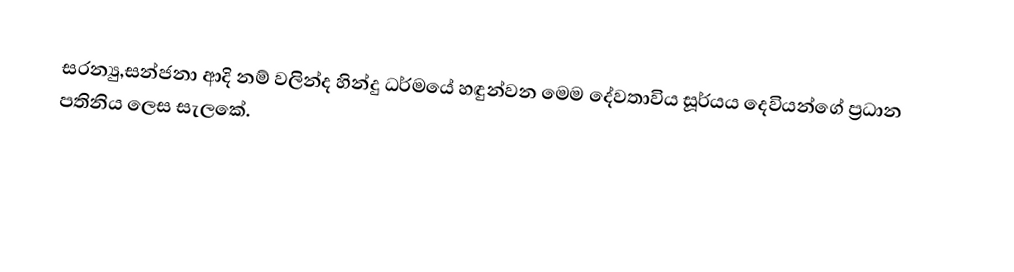
සරන්‍යු,සන්ජනා ආදි නම් වලින්ද හින්දු ධර්මයේ හඳුන්වන මෙම දේවතාවිය සූර්යය දෙවියන්ගේ ප්‍රධාන පතිනිය ලෙස සැලකේ.